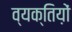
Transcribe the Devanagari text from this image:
व्यक्तिय़ों